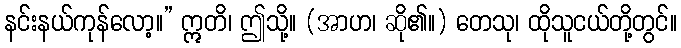
နင်းနယ်ကုန်လော့။” ဣတိ၊ ဤသို့။ (အာဟ၊ ဆို၏။) တေသု၊ ထိုသူငယ်တို့တွင်။